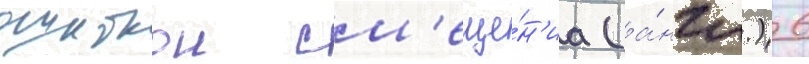
ошибкои см'еще́н'иа (а́нгл.) 6